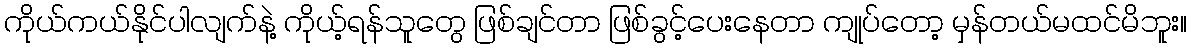
ကိုယ်ကယ်နိုင်ပါလျက်နဲ့ ကိုယ့်ရန်သူတွေ ဖြစ်ချင်တာ ဖြစ်ခွင့်ပေးနေတာ ကျုပ်တော့ မှန်တယ်မထင်မိဘူး။